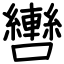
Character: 轡